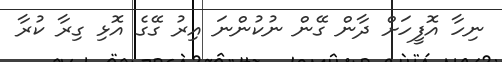
ނިހާ އޮފީހަށް ދާން ގޭން ނުކުންނަ އިރު ގޭގެ އޮޅި ގިރާ ކުރާ